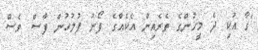
"ގާ އުކި ދެ މީހުންގެ ތެރެއިން އެކެއްގެ ފޯނު ފުލުހުން ފާސް ވެސް